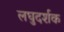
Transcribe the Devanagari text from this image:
लघुदर्शक